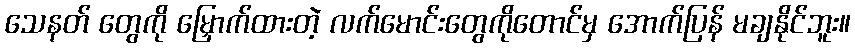
သေနတ် တွေကို မြှောက်ထားတဲ့ လက်မောင်းတွေကိုတောင်မှ အောက်ပြန် မချနိုင်ဘူး။